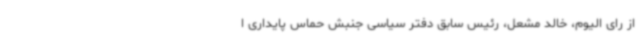
از رای الیوم، خالد مشعل، رئیس سابق دفتر سیاسی جنبش حماس پایداری ا